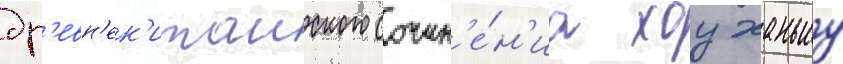
др'евн'ек'итаиского сочин'е́н'иа хоу ханьшу